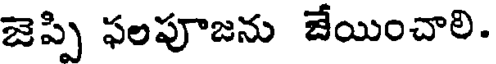
జెప్పి ఫలపూజను జేయించాలి.